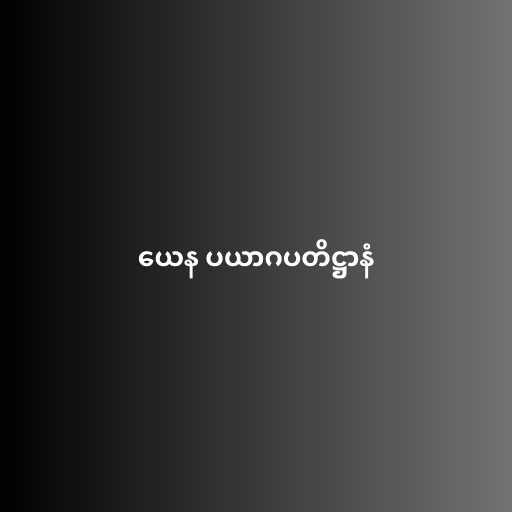
ယေန ပယာဂပတိဋ္ဌာနံ